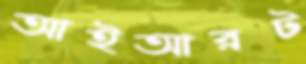
আইআরট